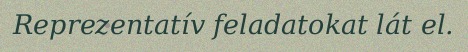
Reprezentatív feladatokat lát el.